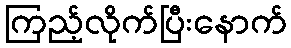
ကြည့်လိုက်ပြီးနောက်